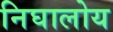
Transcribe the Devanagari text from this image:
निघालोय